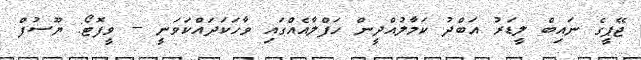
ޖޭޕީގެ ނައިބް ލީޑަރު އަބްދު ކަމާލުއްދީން ހަފްލާއެއްގައި ވާހަކަދައްކަވަނީ -- ވީފޮޓޯ: ޔޫސުފް